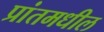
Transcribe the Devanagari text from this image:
प्रांतमधील